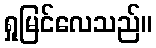
ရှုမြင်လေသည်။